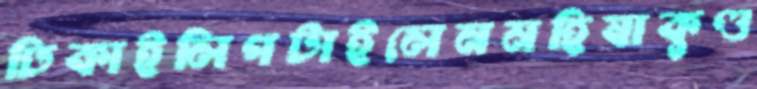
ঢিকাইলিপটাইলেনমহিষাকুণ্ড